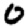
Digit: 0